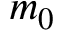
m _ { 0 }